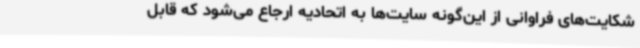
شکایت‌های فراوانی از این‌گونه سایت‌ها به اتحادیه ارجاع می‌شود که قابل